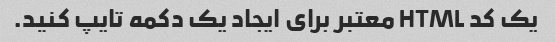
یک کد HTML معتبر برای ایجاد یک دکمه تایپ کنید.